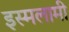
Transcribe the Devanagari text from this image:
इस्मलामी